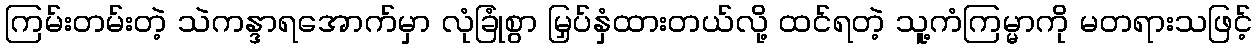
ကြမ်းတမ်းတဲ့ သဲကန္ဒာရအောက်မှာ လုံခြုံစွာ မြှပ်နှံထားတယ်လို့ ထင်ရတဲ့ သူ့ကံကြမ္မာကို မတရားသဖြင့်